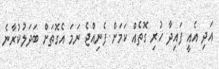
އަދި އެއީ ފައިދާ ހުރި ގޮތެއް ކަމަށް ފެނިއްޖެ ނަމަ އެގޮތަށް ބަދަލުކުރާނެ